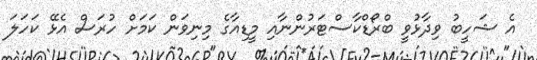
އެ ޝަހީބު ވިދާޅުވީ ބްރޯޑްކާސްޓަރުންނާއި މީޑިއާގެ މިނިވަން ކަމަށް ހުރަސް އެޅޭ ކަހަލަ